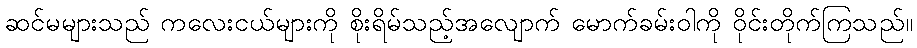
ဆင်မများသည် ကလေးငယ်များကို စိုးရိမ်သည့်အလျောက် မောက်ခမ်းဝါကို ဝိုင်းတိုက်ကြသည်။